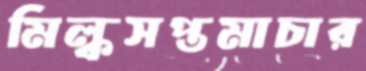
মিল্কসপ্তমাচার